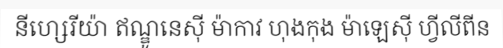
នីហ្សេរីយ៉ា ឥណ្ឌូនេស៊ី ម៉ាកាវ ហុងកុង ម៉ាឡេស៊ី ហ្វីលីពីន